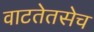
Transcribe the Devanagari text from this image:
वाटतेतसेच